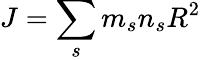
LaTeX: J=\sum_{s}m_{s}n_{s}R^{2}